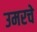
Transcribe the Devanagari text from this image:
उमरचे